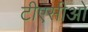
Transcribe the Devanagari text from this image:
टीएसीओ